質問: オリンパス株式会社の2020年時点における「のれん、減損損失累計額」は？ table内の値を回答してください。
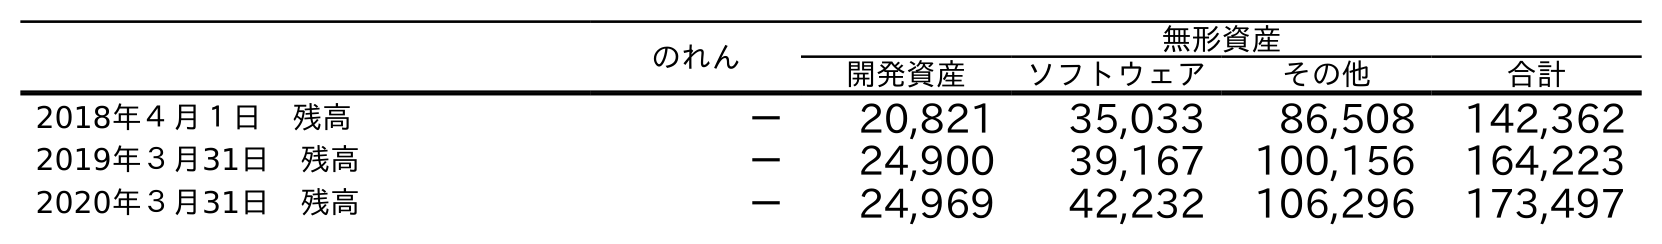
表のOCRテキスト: のれん 無形資産 開発資産 ソフトウェア その他 合計 2018年４月１日 残高 － 20,821 35,033 86,508 142,362 2019年３月31日 残高 － 24,900 39,167 100,156 164,223 2020年３月31日 残高 － 24,969 42,232 106,296 173,497
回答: －